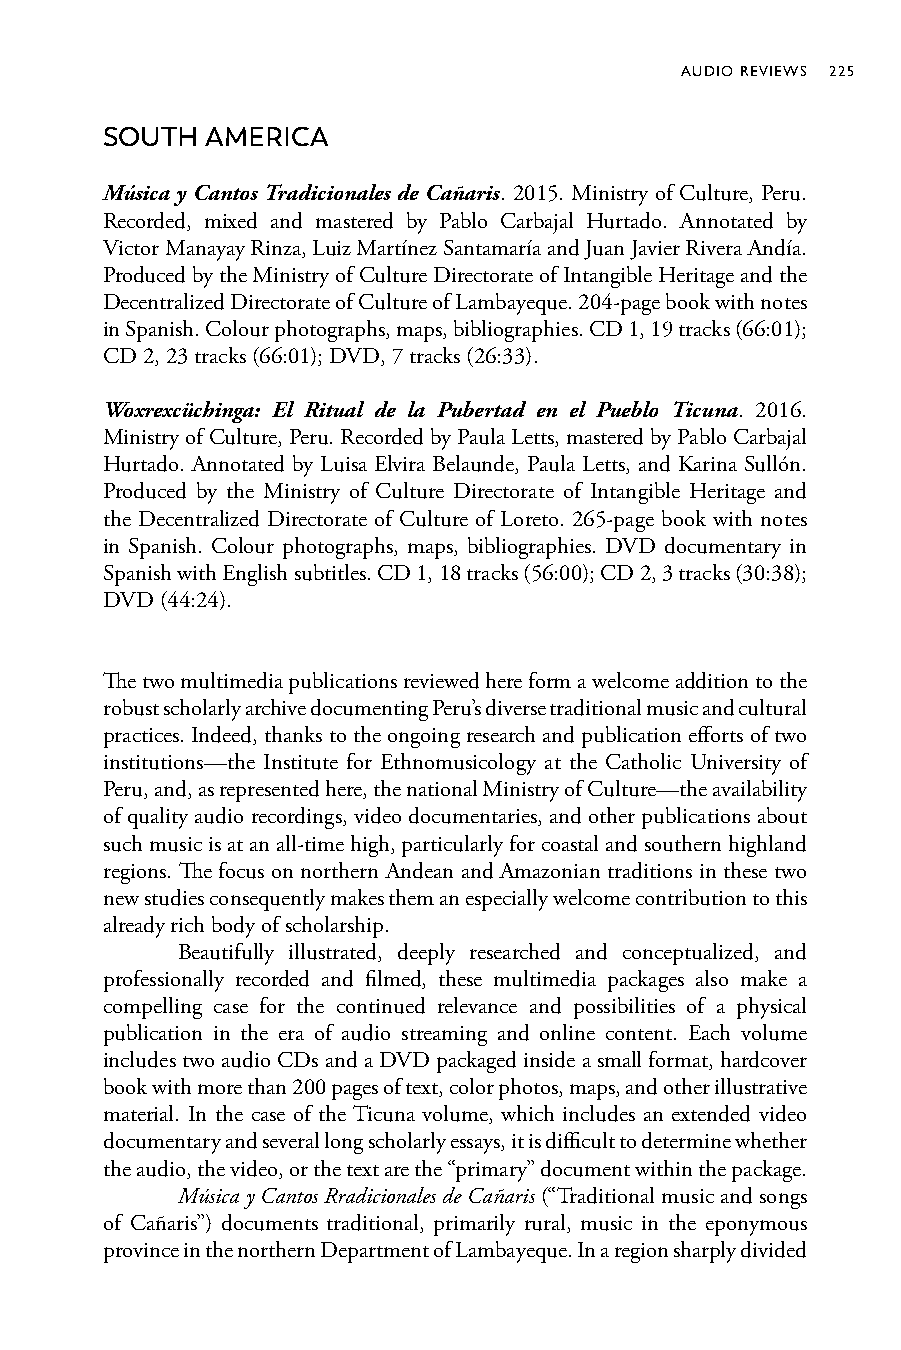
AUDIO REVIEWS 225
 SOUTH  AMERICA
 Música y Cantos Tradicionales de Cañaris. 2015. Ministry of Culture, Peru.
 Recorded, mixed and mastered by Pablo Carbajal Hurtado. Annotated by
 Victor Manayay Rinza, Luiz Martínez Santamaría and Juan Javier Rivera Andía.
 Produced by the Ministry of Culture Directorate of Intangible Heritage and the
 Decentralized Directorate of Culture of Lambayeque. 204-page book with notes
 in Spanish. Colour photographs, maps, bibliographies. CD 1, 19 tracks (66:01);
 CD 2, 23 tracks (66:01); DVD, 7 tracks (26:33).
 Woxrexcüchinga: El Ritual de la Pubertad en el Pueblo Ticuna. 2016.
 Ministry of Culture, Peru. Recorded by Paula Letts, mastered by Pablo Carbajal
 Hurtado. Annotated by Luisa Elvira Belaunde, Paula Letts, and Karina Sullón.
 Produced by the Ministry of Culture Directorate of Intangible Heritage and
 the Decentralized Directorate of Culture of Loreto. 265-page book with notes
 in Spanish. Colour photographs, maps, bibliographies. DVD documentary in
 Spanish with English subtitles. CD 1, 18 tracks (56:00); CD 2, 3 tracks (30:38);
 DVD (44:24).
 The two multimedia publications reviewed here form a welcome addition to the
 robust scholarly archive documenting Peru’s diverse traditional music and cultural
 practices. Indeed, thanks to the ongoing research and publication efforts of two
 institutions—the Institute for Ethnomusicology at the Catholic University of
 Peru, and, as represented here, the national Ministry of Culture—the availability
 of quality audio recordings, video documentaries, and other publications about
 such music is at an all-time high, particularly for coastal and southern highland
 regions. The focus on northern Andean and Amazonian traditions in these two
 new studies consequently makes them an especially welcome contribution to this
 already rich body of scholarship.
 Beautifully illustrated, deeply researched and conceptualized, and
 professionally recorded and filmed, these multimedia packages also make a
 compelling case for the continued relevance and possibilities of a physical
 publication in the era of audio streaming and online content. Each volume
 includes two audio CDs and a DVD packaged inside a small format, hardcover
 book with more than 200 pages of text, color photos, maps, and other illustrative
 material. In the case of the Ticuna volume, which includes an extended video
 documentary and several long scholarly essays, it is difficult to determine whether
 the audio, the video, or the text are the “primary” document within the package.
 Música y Cantos Rradicionales de Cañaris (“Traditional music and songs
 of Cañaris”) documents traditional, primarily rural, music in the eponymous
 province in the northern Department of Lambayeque. In a region sharply divided